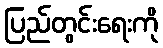
ပြည်တွင်းရေးကို